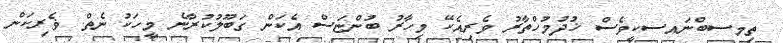
ތިމސބްނައސކީވެސް ޚުދުމުހްތާރު ވެރިއެކޭ މިހާރު ބުންޏަސް އެކަން ގަބޫލުކުރާނެ މީހަކު ނެތް. ޥެރިކަން